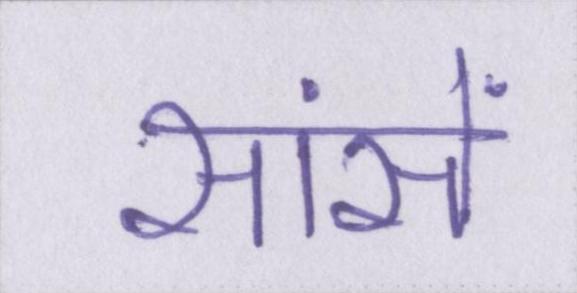
सांसें